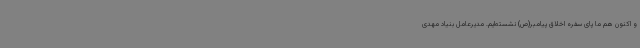
و اکنون هم ما پای سفره اخلاق پیامبر(ص) نشسته‌ایم. مدیرعامل بنیاد مهدی